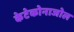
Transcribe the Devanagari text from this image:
केटेकोनाजोल